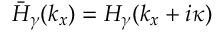
\bar { H } _ { \gamma } ( k _ { x } ) = H _ { \gamma } ( k _ { x } + i \kappa )